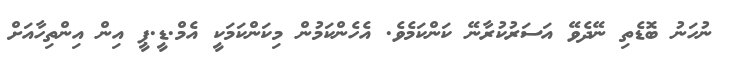
ނުހަނު ބޮޑެތި ނޭދެވޭ އަސަރުކުރާނޭ ކަންކަމެވެ. އެހެންކަމުން މިކަންކަމަކީ އެމް.ޑީ.ޕީ އިން އިންތިހާއަށް